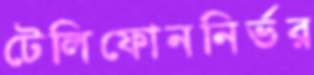
টেলিফোননির্ভর